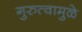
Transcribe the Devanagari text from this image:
गुरुत्वामुळे